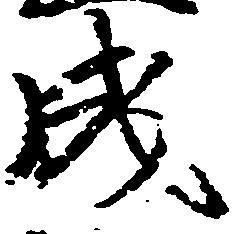
成